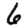
Digit: 6